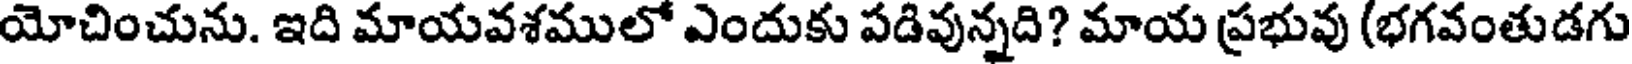
యోచించును. ఇది మాయవశములో ఎందుకు పడివున్నది? మాయ ప్రభువు (భగవంతుడగు